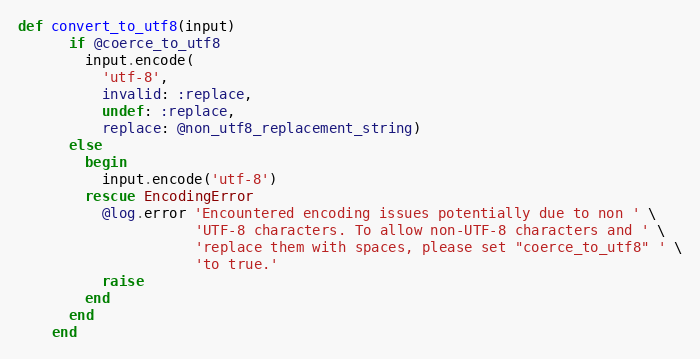
Language: Ruby
def convert_to_utf8(input)
      if @coerce_to_utf8
        input.encode(
          'utf-8',
          invalid: :replace,
          undef: :replace,
          replace: @non_utf8_replacement_string)
      else
        begin
          input.encode('utf-8')
        rescue EncodingError
          @log.error 'Encountered encoding issues potentially due to non ' \
                     'UTF-8 characters. To allow non-UTF-8 characters and ' \
                     'replace them with spaces, please set "coerce_to_utf8" ' \
                     'to true.'
          raise
        end
      end
    end